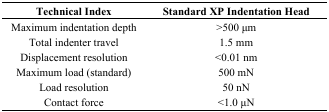
<table><thead><tr><td><b>Technical Index</b></td><td><b>Standard XP Indentation Head</b></td></tr></thead><tbody><tr><td>Maximum indentation depth</td><td>&gt;500 μm</td></tr><tr><td>Total indenter travel</td><td>1.5 mm</td></tr><tr><td>Displacement resolution</td><td>&lt;0.01 nm</td></tr><tr><td>Maximum load (standard)</td><td>500 mN</td></tr><tr><td>Load resolution</td><td>50 nN</td></tr><tr><td>Contact force</td><td>&lt;1.0 μN</td></tr></tbody></table>